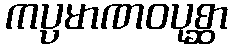
ကပ္ပမာဏဝပုစ္ဆာ